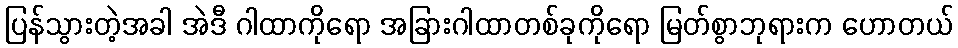
ပြန်သွားတဲ့အခါ အဲဒီ ဂါထာကိုရော အခြားဂါထာတစ်ခုကိုရော မြတ်စွာဘုရားက ဟောတယ်